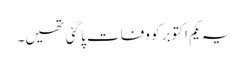
یہ یکم اکتوبر کو وفات پا گئی تھیں۔